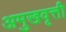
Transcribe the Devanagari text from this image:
अमुखवृत्ती